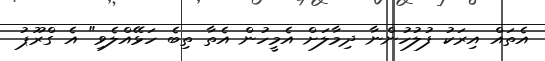
އެތައް އިރަކު ފުލުހުންނާ ދިމާލަށް އެމީހުން އެތާ ތިބެ ހަޅޭއްލެވި" އެ ގްރޫޕު